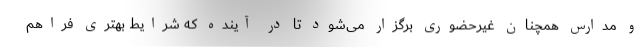
و مدارس همچنان غیرحضوری برگزار می‌شود تا در آینده که شرایط بهتری فراهم